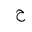
Letter: _ha